Newspaper: St. Paul daily globe. [volume]
Place of publication: Saint Paul, Minn.
Publisher: St. Paul Globe Print. Co.
Date: 1890-05-31 00:00:00
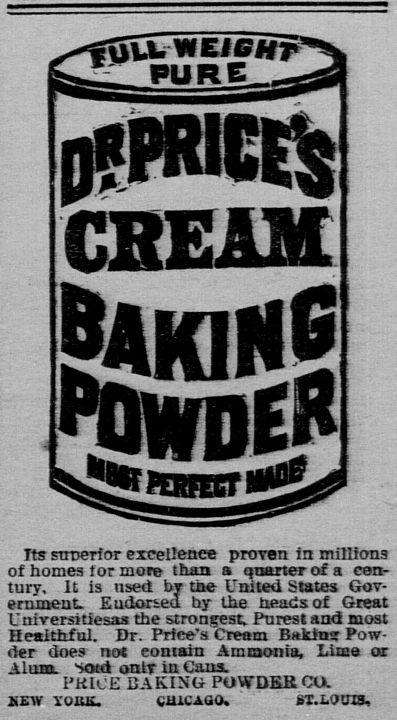
Advertisement text (OCR):
O?PRICE'S CREAM lAKIHg Its superior excellence : proven in millions of homes tor more than a • quarter of a i cen tury. .It is used: by the United States Gov- ; ernment. Eudoried hy the beads of Great Universitiesas the strongest Purest and most Healthful. - Dr. Price's Cream : Rutins: Pow- j der does not ? contain Ammonia, Lime or Alum, "sotd onlr in Cans. 'f' i ®&®*Bßtgttgtjlm PRICE BAKING POWDER COi . ? SEW VollJi. CHICAGO.- - 8T.L0013,.
Label: illustrations